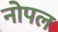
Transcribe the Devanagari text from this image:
नोपल